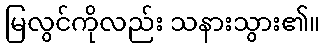
မြလွင်ကိုလည်း သနားသွား၏။